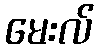
မေးလ်